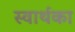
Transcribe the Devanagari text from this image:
स्वार्थका